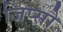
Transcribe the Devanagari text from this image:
जिप्सो